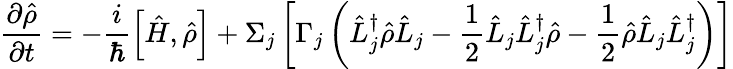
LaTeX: \frac{\partial\hat{\rho}}{\partial t}=-\frac{i}{\hbar}\left[\hat{H},\hat{\rho}\right]+\Sigma_{j}\left[\Gamma_{j}\left(\hat{L}_{j}^{\dagger}\hat{\rho}\hat{L}_{j}-\frac{1}{2}\hat{L}_{j}\hat{L}_{j}^{\dagger}\hat{\rho}-\frac{1}{2}\hat{\rho}\hat{L}_{j}\hat{L}_{j}^{\dagger}\right)\right]